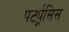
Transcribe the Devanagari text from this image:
पर्ट्यूसिस